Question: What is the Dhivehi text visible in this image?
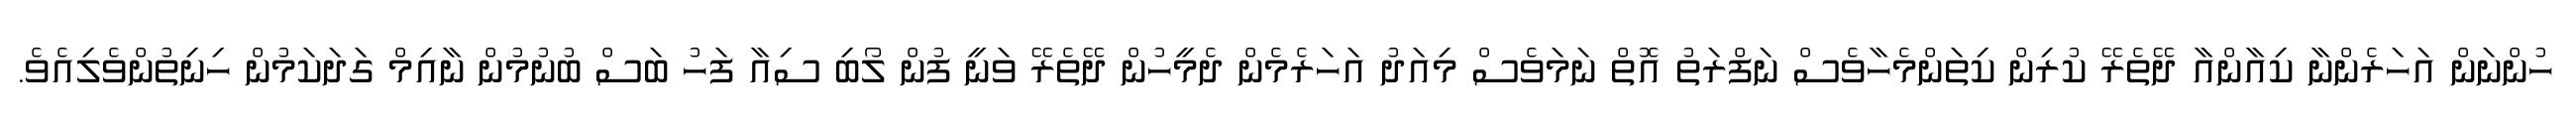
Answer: ހުންނަން އަހަރެންނާ ކިއާންއާ ދޭތެރޭ ކުރިން ކިތަންމެހާވެސް ނަފްރަތު އޮތް ނަމަވެސް މިއަދު އަހަރެމެން ދެމީހުން ދޭތެރޭ ވަނީ ފުން ލޯބި ސިއާ ފަހު ބަސް ބުނުމުން ނާއިމް ގަދަކަމުން ހިނިތުންވެލިއެވެ.